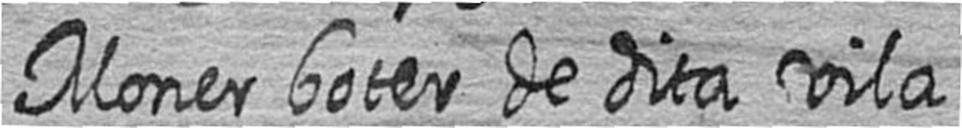
Moner boter de dita vila